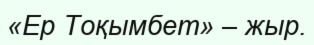
«Ер Тоқымбет» – жыр.